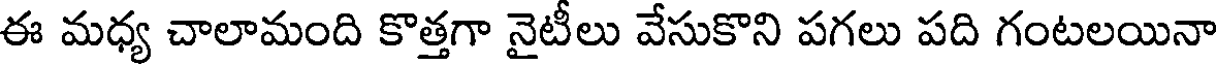
ఈ మధ్య చాలామంది కొత్తగా నైటీలు వేసుకొని పగలు పది గంటలయినా